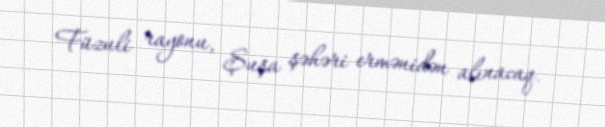
Füzuli rayonu, Şuşa şəhəri ermənidən alınacaq.